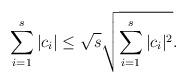
LaTeX: \begin{align*} \sum_{i=1}^s |c_{i}| \leq \sqrt{s} \sqrt{\sum_{i=1}^s |c_{i}|^{2}}.\end{align*}